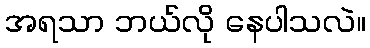
အရသာ ဘယ်လို နေပါသလဲ။